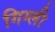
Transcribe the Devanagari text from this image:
गिग्ली